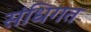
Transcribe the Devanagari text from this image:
संधिगत